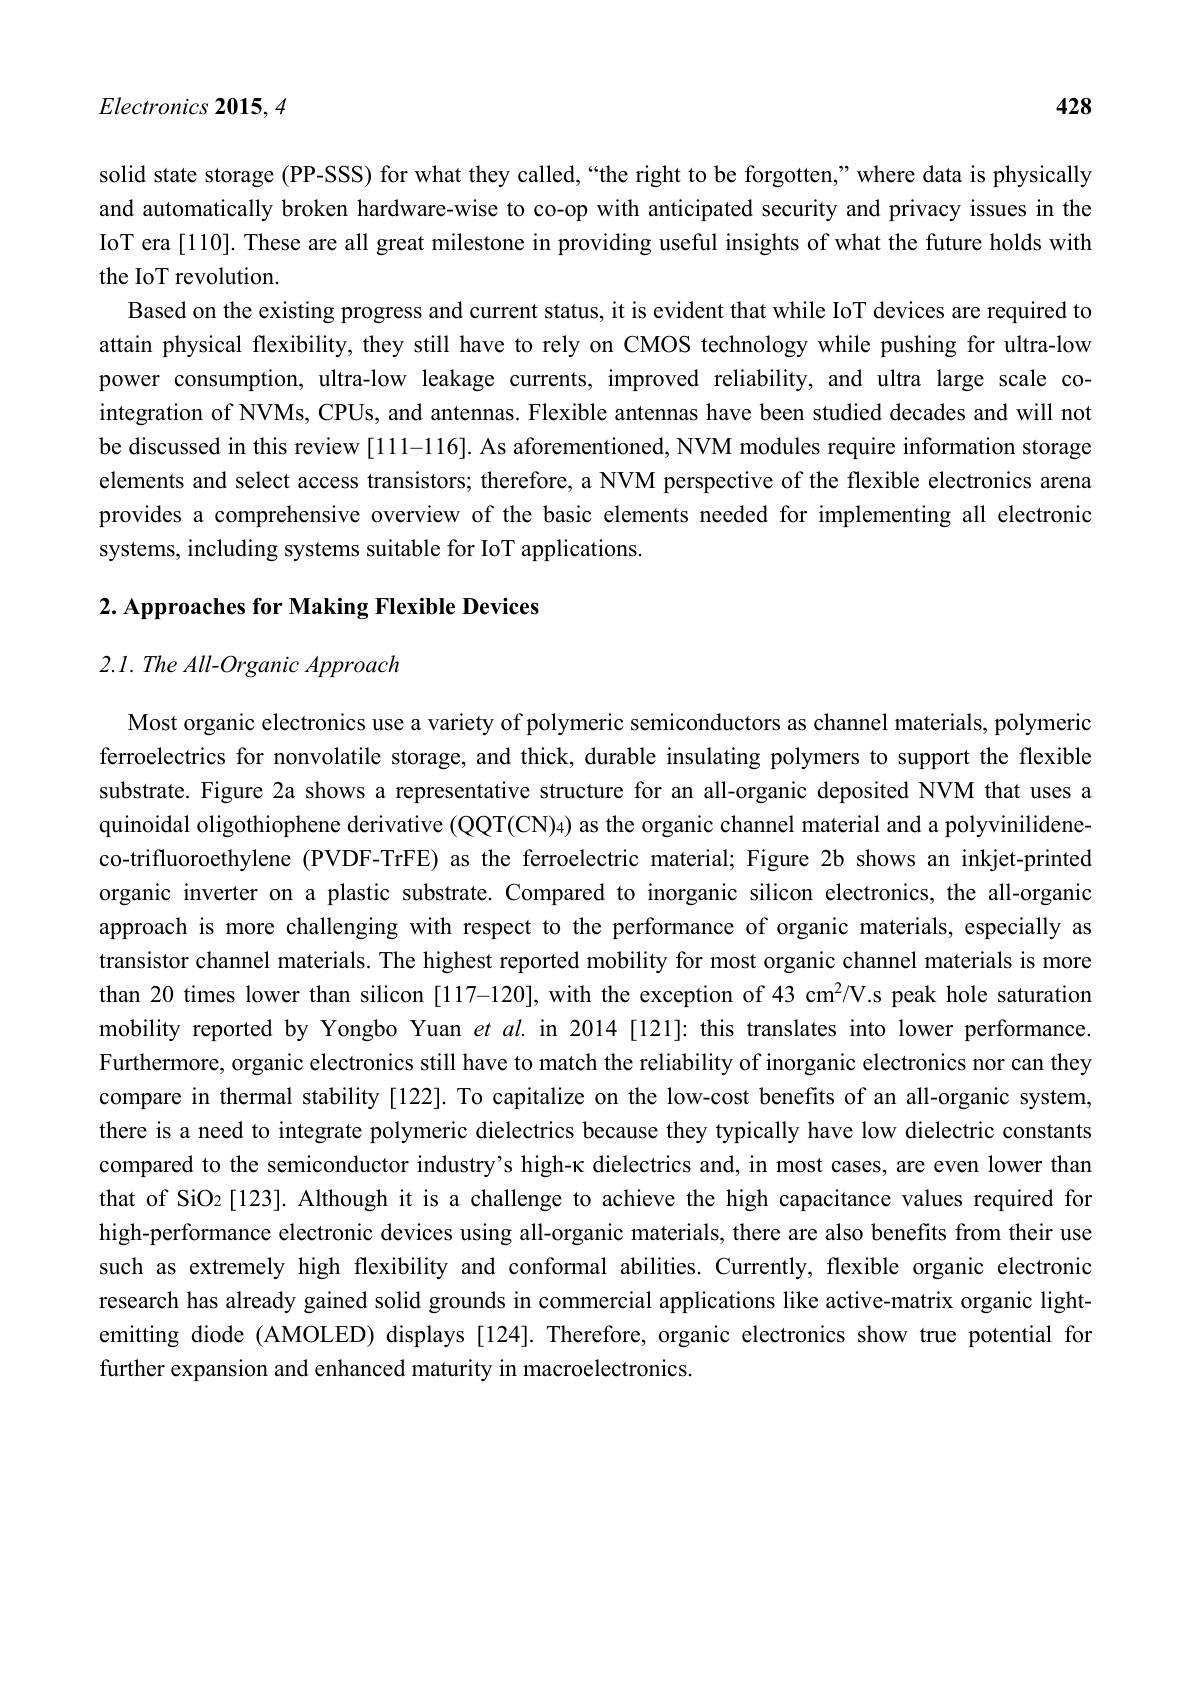
$Electronics\textbf{ 2015}, 4$

428

solid state storage (PP-SSS) for what they called,“the right to be forgotten,”where data is physically and automatically broken hardware-wise to co-op with anticipated security and privacy issues in the IoT era [110]. These are all great milestone in providing useful insights of what the future holds with

the IoT revolution.
Based on the existing progress and current status, it is evident that while IoT devices are required to attain physical flexibility, they still have to rely on CMOS technology while pushing for ultra-low power consumption, ultra-low leakage currents, improved reliability, and ultra large scale cointegration of NVMs, CPUs, and antennas. Flexible antennas have been studied decades and will not be discussed in this review [111-116]. As aforementioned, NVM modules require information storage elements and select access transistors; therefore, a NVM perspective of the flexible electronics arena provides a comprehensive overview of the basic elements needed for implementing all electronic systems, including systems suitable for IoT applications

2. Approaches for Making Flexible Devices

$2. 1. \textit{The All- Organic Approach}$

Most organic electronics use a variety of polymeric semiconductors as channel materials, polymeric ferroelectrics for nonvolatile storage, and thick, durable insulating polymers to support the flexible substrate. Figure 2a shows a representative structure for an all-organic deposited NVM that uses a quinoidal oligothiophene derivative (QQT(CN)4) as the organic channel material and a polyvinilideneco-trifluoroethylene (PVDF-TrFE) as the ferroelectric material; Figure 2b shows an inkjet-printed organic inverter on a plastic substrate. Compared to inorganic silicon electronics, the all-organic approach is more challenging with respect to the performance of organic materials, especially as transistor channel materials. The highest reported mobility for most organic channel materials is more than 20 times lower than silicon [117-120], with the exception of 43 cm$^{2}/$V.s peak hole saturation mobility reported by Yongbo Yuan $et$ al. in 2014[121]: this translates into lower performance Furthermore, organic electronics still have to match the reliability of inorganic electronics nor can they compare in thermal stability [122]. To capitalize on the low-cost benefits of an all-organic system, there is a need to integrate polymeric dielectrics because they typically have low dielectric constants compared to the semiconductor industry's high-κ dielectrics and, in most cases, are even lower than that of SiOz[123]. Although it is a challenge to achieve the high capacitance values required for high-performance electronic devices using all-organic materials, there are also benefits from their use such as extremely high flexibility and conformal abilities. Currently, flexible organic electronic research has already gained solid grounds in commercial applications like active-matrix organic lightemitting diode (AMOLED) displays [124]. Therefore, organic electronics show true potential for further expansion and enhanced maturity in macroelectronics